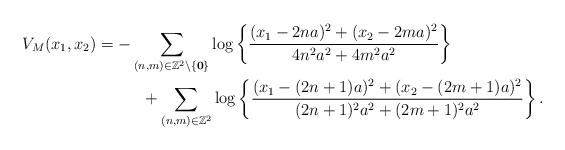
LaTeX: \begin{align*}V_{M}(x_{1},x_{2})=-\sum_{(n,m)\in \mathbb{Z}^{2}\setminus \lbrace\textbf{0}\rbrace}\log\left\lbrace \dfrac{(x_{1}-2na)^{2}+(x_{2}-2ma)^{2}}{4n^{2}a^{2}+4m^{2}a^{2}}\right\rbrace \phantom{XXXXXX} \\\phantom{XXXXXXX}+ \sum_{(n,m)\in \mathbb{Z}^{2}}\log\left\lbrace \dfrac{(x_{1}-(2n+1)a)^{2}+(x_{2}-(2m+1)a)^{2}}{(2n+1)^{2}a^{2}+(2m+1)^{2}a^{2}}\right\rbrace . \end{align*}